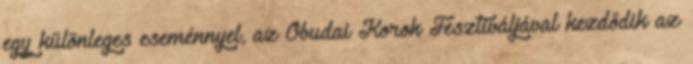
egy különleges eseménnyel, az Óbudai Korok Fesztiváljával kezdődik az